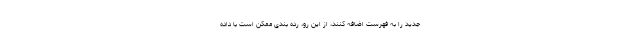
جدید را به فهرست اضافه کنند، از این رو، رده بندی ممکن است با داده